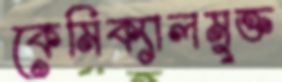
কেমিক্যালমুক্ত